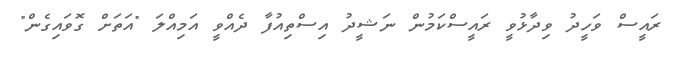
ރައީސް ވަހީދު ވިދާޅުވީ ރައީސްކަމުން ނަޝީދު އިސްތިއުފާ ދެއްވީ އަމިއްލަ "އަތަށް ގޮވައިގެން"